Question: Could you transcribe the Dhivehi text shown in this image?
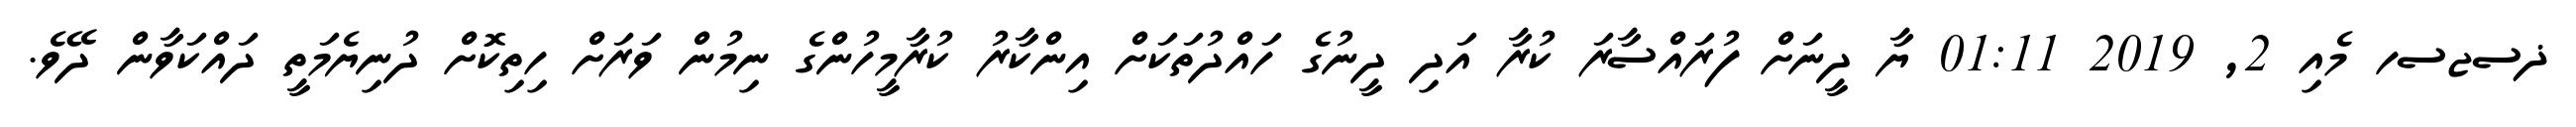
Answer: ޛސޖސހ މެއި 2, 2019 01:11 ޔާ ދީނަށް ފުރައްސާރަ ކުރާ އަދި ދީނުގެ ހައްދުތަކަށް އިންކާރު ކުރާމީހުންގެ ނިމުން ވަރަށް ހިތިކޮށް ދުނިޔެމަތީ ދައްކަވާން ދޭވެ.